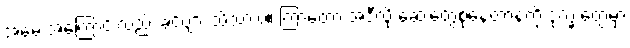
အမေ့ အကြောင်းလည်း ခင်ဗျား သိသားပဲ။ ကြာတော့ အဲဒီလို ဆေးတွေစုံနေတာနဲ့ကို ဒုက္ခ တွေ့မှာ